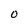
Character: 0